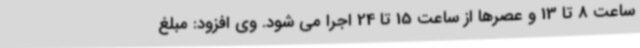
ساعت 8 تا 13 و عصرها از ساعت 15 تا 24 اجرا می شود. وی افزود: مبلغ